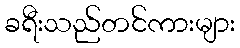
ခရီးသည်တင်ကားများ